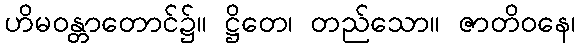
ဟိမဝန္တာတောင်၌။ ဋ္ဌိတေ၊ တည်သော။ ဇာတိဝနေ၊